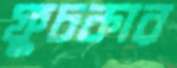
ফুচকার